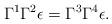
LaTeX: \begin{align*}\Gamma^1\Gamma^2\epsilon = \Gamma^3\Gamma^4\epsilon.\end{align*}